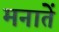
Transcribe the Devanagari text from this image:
मनातें